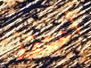
أعتقد